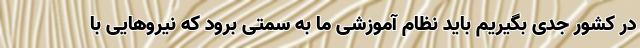
در کشور جدی بگیریم باید نظام آموزشی ما به سمتی برود که نیرو‌هایی با